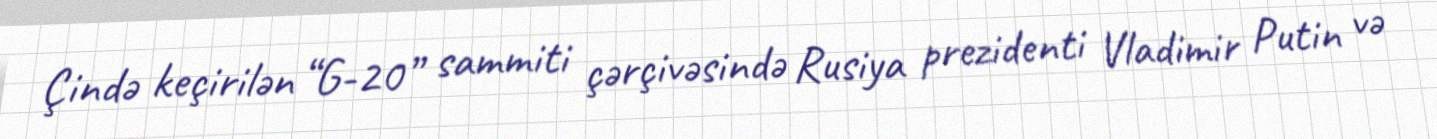
Çində keçirilən “G-20” sammiti çərçivəsində Rusiya prezidenti Vladimir Putin və